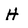
Character: H